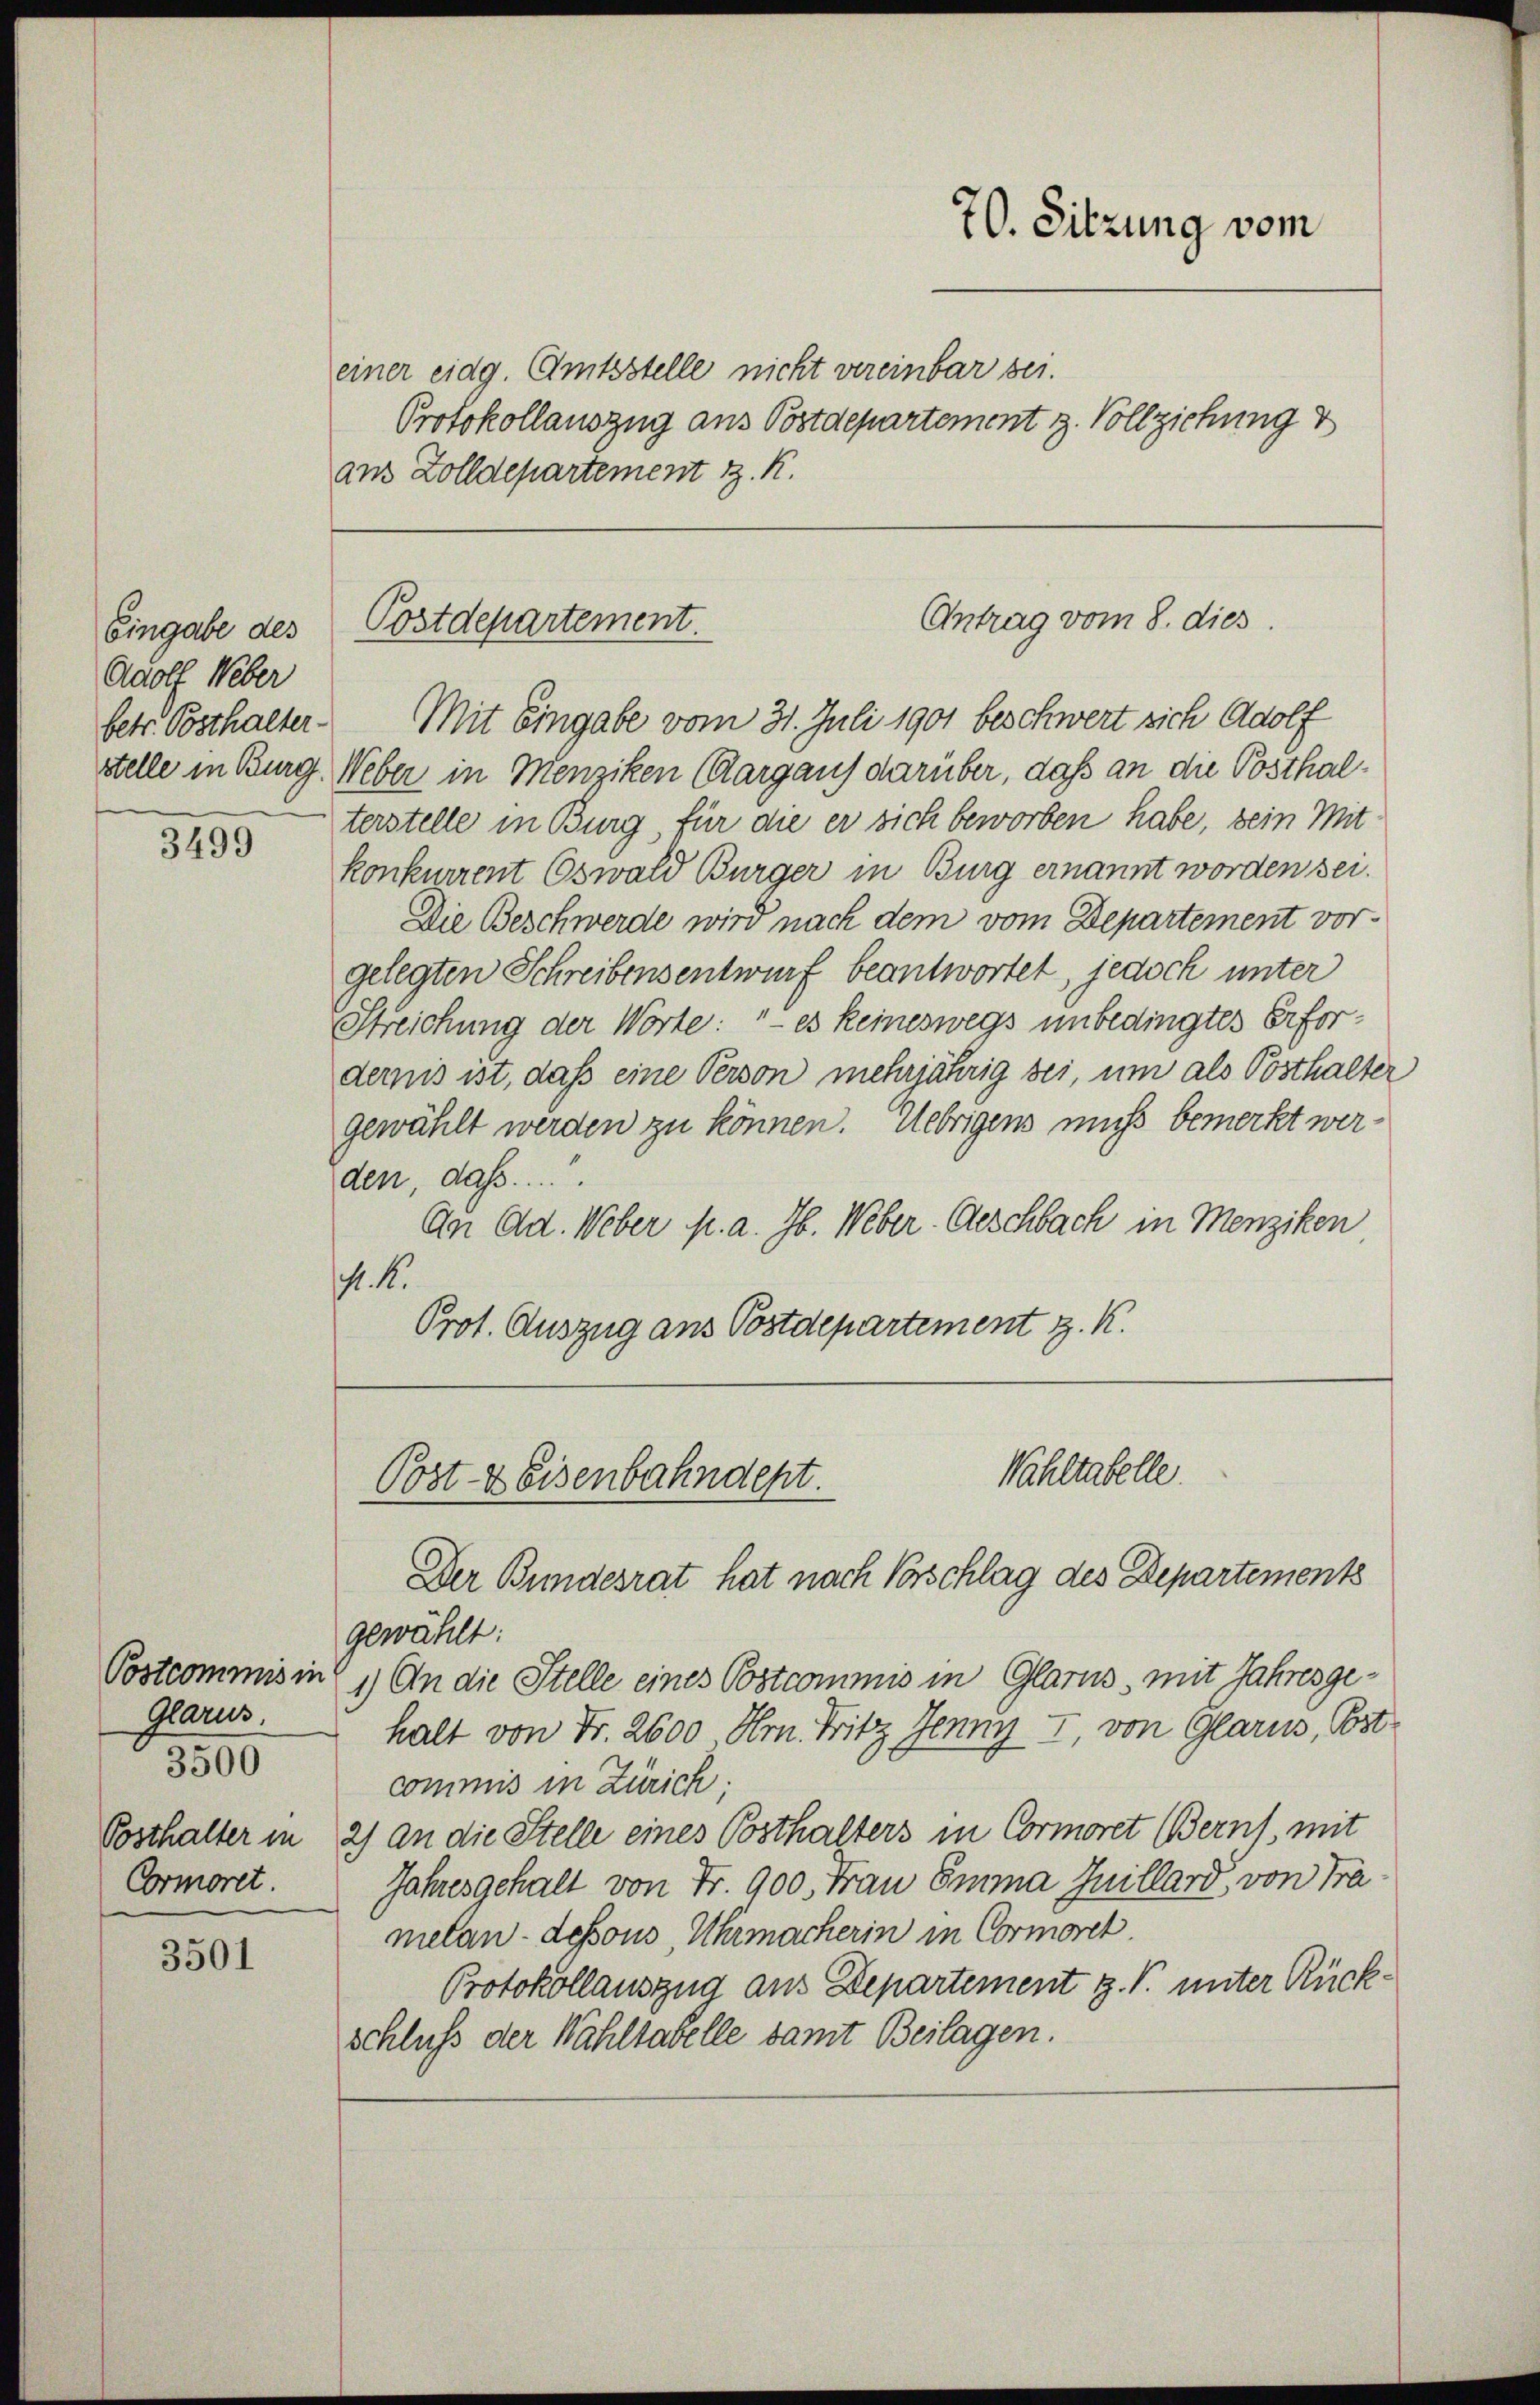
Eingabe des
Adolf Weber

3499

Postcommis in
Glarus.
3500
Posthalter in
Cormoret.

3501

einer eidg. Amtsstelle nicht vereinbar sei.
Protokollauszug aus Postdepartement z. Vollziehung v
aus Zolldepartement z. K.

Postdepartement.

betr. Posthalter. Mit Eingabe vom 31. Juli 1901 beschwert sich Adolf
stelle in Burg Weber in Menziken (Aargaus darüber, daß an die Posthalterstelle in Burg, für die er sich beworben habe, sein Mit
konkurrent Oswald Bürger in Burg ernannt worden sei.
Die Beschwerde wird nach dem vom Departement vor-
gelegten Schreibensentwurf beantwortet, jedoch unter
Streichung der Worte: "es keineswegs unbedingtes Erfordernis ist, daß eine Person mehrjährig sei, um als Posthalter
gewählt werden zu können. Uebrigens muss bemerkt werden, daß
An Ad. Weber p. a. Jb. Weber-Geschbach in Menziken
. 1.
Prot. Auszug aus Postdepartement z. K.

Wahltabelle.
Post- & Eisenbahndept.
Der Bundesrat hat nach Vorschlag des Departements

70. Sitzung vom

Antrag vom 8. dies

gewählt:
1.) An die Stelle eines Postcommis in Glarus, mit Jahres gehalt von Fr. 2600, Hrn. Fritz Jenny I, von Glarus, Ost
commis in Zürich:
2) An die Stelle eines Posthalters in Cormoret Berns, mit
Jahresgehalt von Fr. 900. Frau Emma Guillard, von Tra
melan- dessous, Uhrmacherin in Cormoret
Protokollauszug aus Departement z. B. unter Rückschluss der Wähltabelle samt Beilagen.